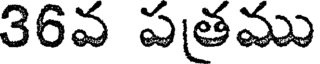
36వ పతము